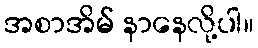
အစာအိမ် နာနေလို့ပါ။